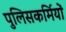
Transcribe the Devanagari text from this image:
पुलिसकर्मियों